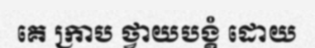
គេ ក្រាប ថ្វាយបង្គំ ដោយ